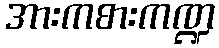
အားကစားကဏ္ဍ